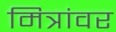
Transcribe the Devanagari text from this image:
मित्रांवर